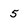
Character: 5